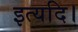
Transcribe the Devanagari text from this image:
इत्यदि।